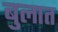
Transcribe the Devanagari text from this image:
बुलात